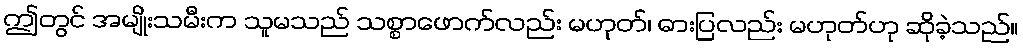
ဤတွင် အမျိုးသမီးက သူမသည် သစ္စာဖောက်လည်း မဟုတ်၊ ဓားပြလည်း မဟုတ်ဟု ဆိုခဲ့သည်။